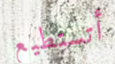
أتستطيع